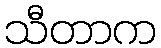
သီတာက